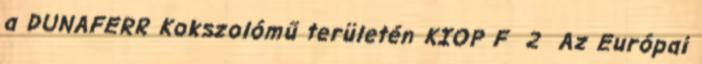
a DUNAFERR Kokszolómű területén KIOP F 2 Az Európai